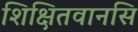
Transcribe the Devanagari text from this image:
शिक्षितवानसि